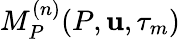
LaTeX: M_{P}^{(n)}(P,\mathbf{u},\tau_{m})